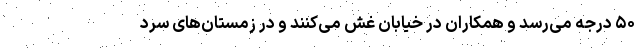
۵۰ درجه می‌رسد و همکاران در خیابان غش می‌کنند و در زمستان‌های سرد